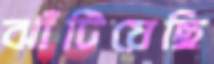
ঝাঁটিয়েছি